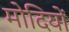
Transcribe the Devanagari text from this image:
मोदियों